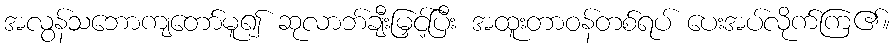
အလွန်သဘောကျတော်မူ၍ ဆုလာဘ်ချီးမြှင့်ပြီး အထူးတာဝန်တစ်ရပ် ပေးအပ်လိုက်ကြ၏။